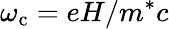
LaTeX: \omega_{\mathrm{{c}}}=eH/m^{*}c